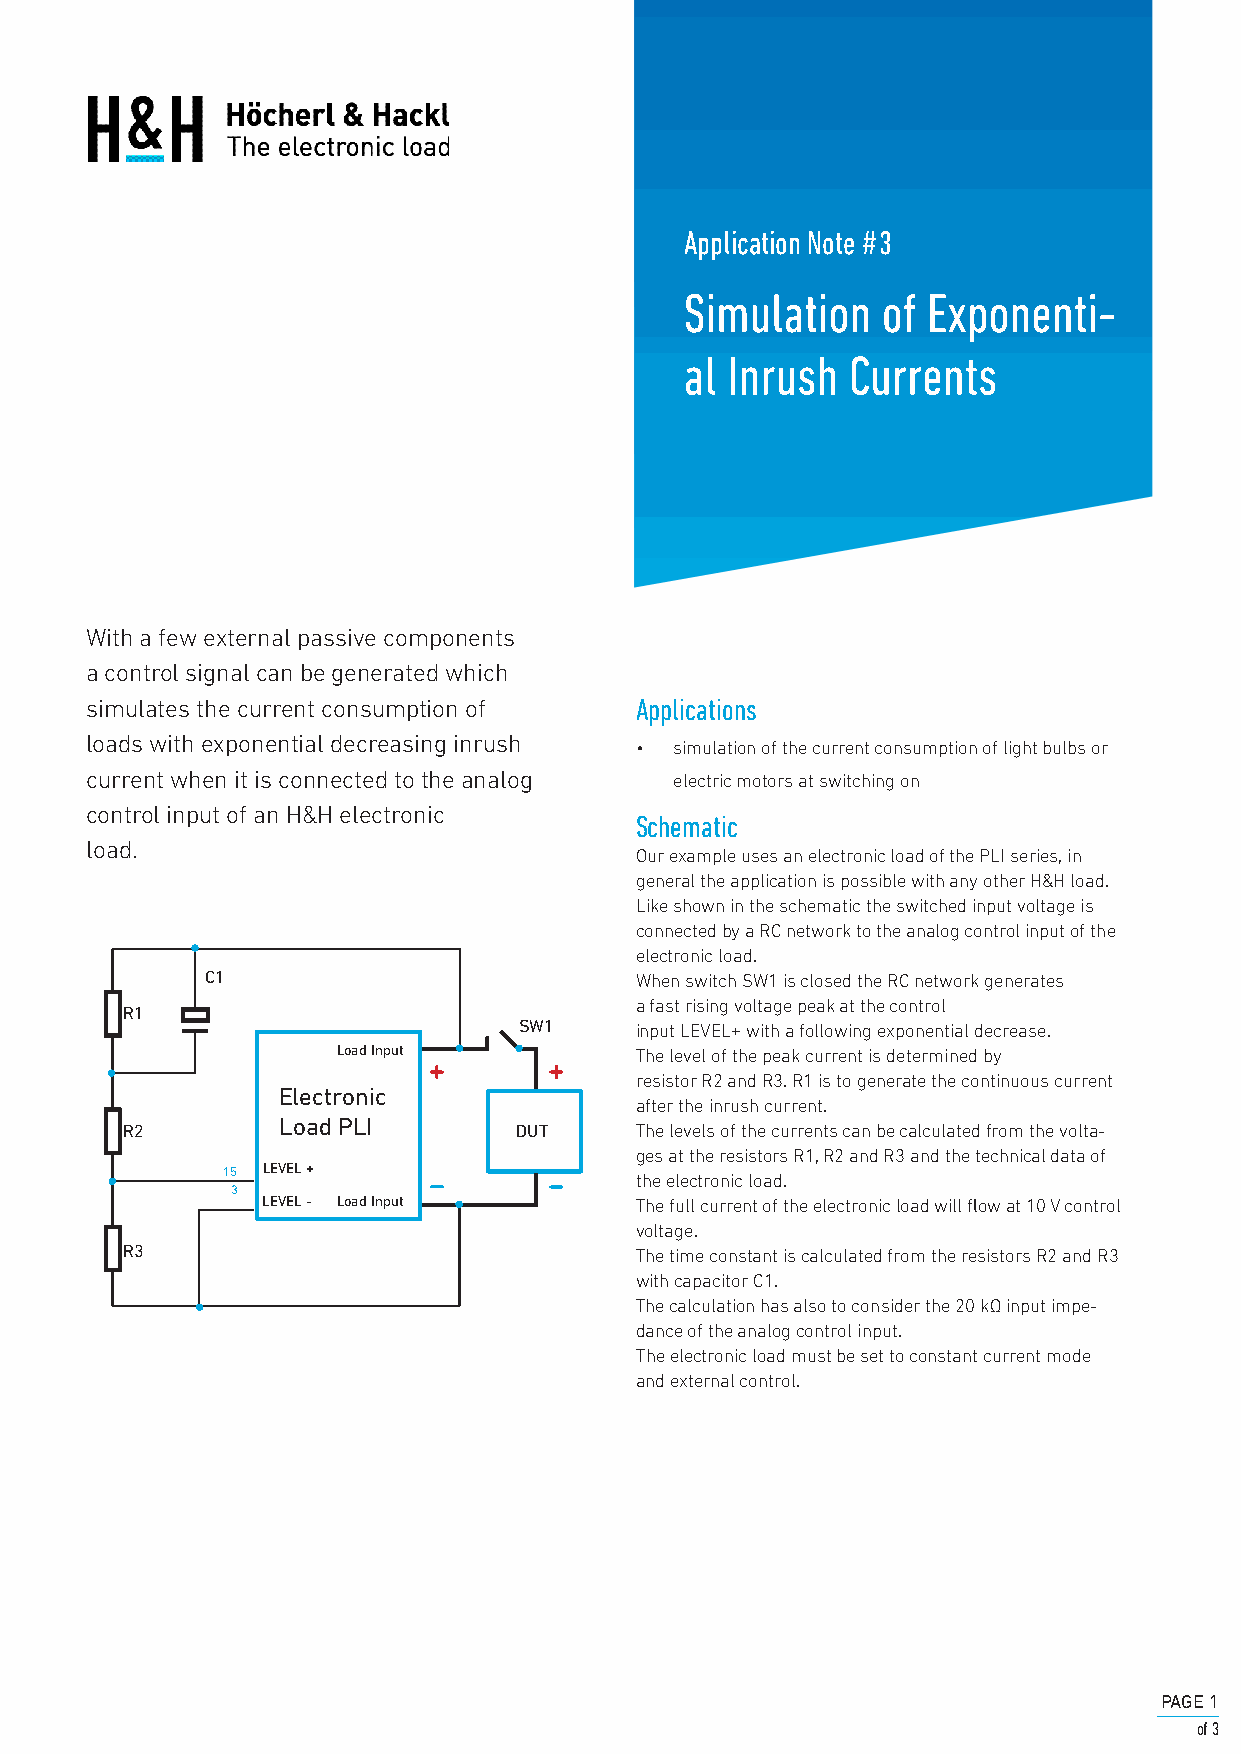
Application Note #3
 Simulation   of Exponenti-
 al Inrush  Currents
 With a few external passive components
 a control signal can be generated which
 simulates the current consumption of Applications
 loads with exponential decreasing inrush
 •  simulation of the current consumption of light bulbs or
 current when it is connected to the analog electric motors at switching on
 control input of an H&H electronic
 Schematic
 load.
 Our example uses an electronic load of the PLI series, in
 general the application is possible with any other H&H load.
 Like shown in the schematic the switched input voltage is
 connected by a RC network to the analog control input of the
 electronic load.
 C1                          When switch SW1 is closed the RC network generates
 a fast rising voltage peak at the control
 R1
 SW1     input LEVEL+ with a following exponential decrease.
 Load Input          The level of the peak current is determined by
 resistor R2 and R3. R1 is to generate the continuous current
 Electronic
 after the inrush current.
 Load PLI
 R2                        DUT     The levels of the currents can be calculated from the volta-
 ges at the resistors R1, R2 and R3 and the technical data of
 15 LEVEL +
 the electronic load.
 3
 LEVEL - Load Input       The full current of the electronic load will flow at 10 V control
 voltage.
 R3                                The time constant is calculated from the resistors R2 and R3
 with capacitor C1.
 The calculation has also to consider the 20 kΩ input impe-
 dance of the analog control input.
 The electronic load must be set to constant current mode
 and external control.
 PAGE 1
 of 3